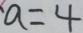
a = 4